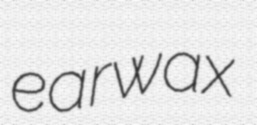
earwax